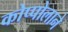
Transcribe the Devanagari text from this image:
कोप्पोलाने